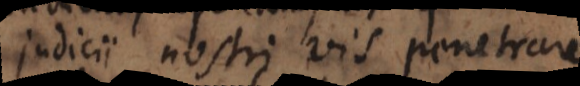
judicii nostri vis penetrare